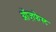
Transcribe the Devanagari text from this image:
ऑज़फेस्ट